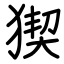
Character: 猰